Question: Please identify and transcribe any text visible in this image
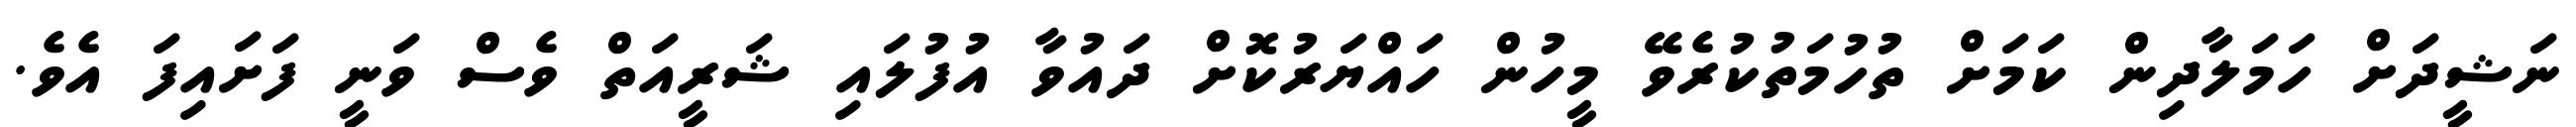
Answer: ނަޝީދަށް ހަމަލާދިން ކަމަށް ތުހުމަތުކުރެވޭ މީހުން ހައްޔަރުކޮށް ދައުވާ އުފުލައި ޝަރީއަތް ވެސް ވަނީ ފަށައިފަ އެވެ.